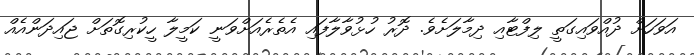
އަވަހަށް ދުއްވައިގަތީ ލިފްޓާއި ދިމާލަށެވެ. ދޮރު ހުޅުވާލާފައި އެތެރެއަށްވަނީ ކަމީލާ ހީކުރިގޮތަށް ޖައިދަންއެއް